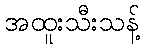
အထူးသီးသန့်